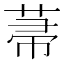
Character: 菷